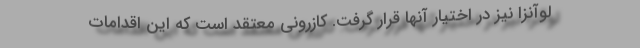
لوآنزا نیز در اختیار آنها قرار گرفت. کازرونی معتقد است که این اقدامات